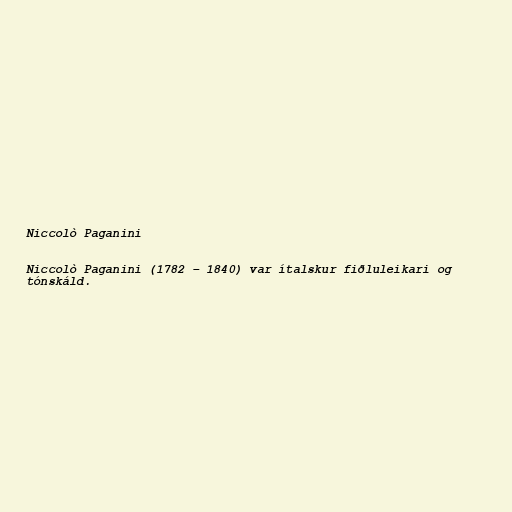
Niccolò Paganini

Niccolò Paganini (1782 – 1840) var ítalskur fiðluleikari og
tónskáld.